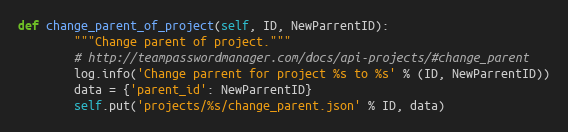
Language: Python
def change_parent_of_project(self, ID, NewParrentID):
        """Change parent of project."""
        # http://teampasswordmanager.com/docs/api-projects/#change_parent
        log.info('Change parrent for project %s to %s' % (ID, NewParrentID))
        data = {'parent_id': NewParrentID}
        self.put('projects/%s/change_parent.json' % ID, data)